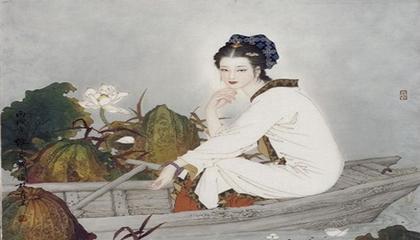
酒美梅酸，恰称人怀抱。